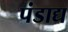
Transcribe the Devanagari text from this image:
पंडाद्य